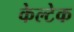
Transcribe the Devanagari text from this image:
केल्टेक